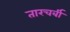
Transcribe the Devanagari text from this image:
तारचर्बी